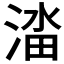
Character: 𬈔